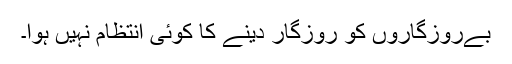
بےروزگاروں کو روزگار دینے کا کوئی انتظام نہیں ہوا۔